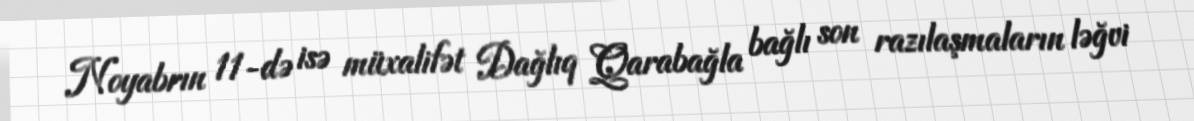
Noyabrın 11-də isə müxalifət Dağlıq Qarabağla bağlı son razılaşmaların ləğvi